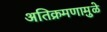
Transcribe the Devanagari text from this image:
अतिक्रमणामु़ळे